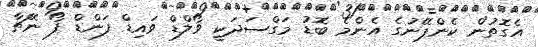
އެގޮތުން ކެންޕޭނުގެ އެންމެ ބޮޑު މަގްސަދަކީ ވޯލްޑް ވައިޑް ފަންޑް ފޯ ނޭޗާ